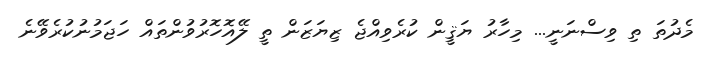
މެދުތަ ތި ވިސްނަނީ... މިހާރު ޔަޤީން ކުރެވިއްޖެ ޒިޔަޒަން ތީ ލޭއޮހޮރުވުންތައް ހަޖަމުނުކުރެވޭނެ